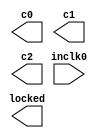
// megafunction wizard: %ALTPLL%VBB%
// GENERATION: STANDARD
// VERSION: WM1.0
// MODULE: altpll 

// ============================================================
// Megafunction Name(s):
// 			altpll
//
// Simulation Library Files(s):
// 			altera_mf
// ============================================================
// ************************************************************
// THIS IS A WIZARD-GENERATED FILE. DO NOT EDIT THIS FILE!
//
// 18.0.0 Build 614 04/24/2018 SJ Lite Edition
// ************************************************************

//Copyright (C) 2018  Intel Corporation. All rights reserved.
//Your use of Intel Corporation's design tools, logic functions 
//and other software and tools, and its AMPP partner logic 
//functions, and any output files from any of the foregoing 
//(including device programming or simulation files), and any 
//associated documentation or information are expressly subject 
//to the terms and conditions of the Intel Program License 
//Subscription Agreement, the Intel Quartus Prime License Agreement,
//the Intel FPGA IP License Agreement, or other applicable license
//agreement, including, without limitation, that your use is for
//the sole purpose of programming logic devices manufactured by
//Intel and sold by Intel or its authorized distributors.  Please
//refer to the applicable agreement for further details.

module PLL_IF (
	inclk0,
	c0,
	c1,
	c2,
	locked);

	input	  inclk0;
	output	  c0;
	output	  c1;
	output	  c2;
	output	  locked;

endmodule

// ============================================================
// CNX file retrieval info
// ============================================================
// Retrieval info: PRIVATE: ACTIVECLK_CHECK STRING "0"
// Retrieval info: PRIVATE: BANDWIDTH STRING "1.000"
// Retrieval info: PRIVATE: BANDWIDTH_FEATURE_ENABLED STRING "1"
// Retrieval info: PRIVATE: BANDWIDTH_FREQ_UNIT STRING "MHz"
// Retrieval info: PRIVATE: BANDWIDTH_PRESET STRING "Low"
// Retrieval info: PRIVATE: BANDWIDTH_USE_AUTO STRING "1"
// Retrieval info: PRIVATE: BANDWIDTH_USE_PRESET STRING "0"
// Retrieval info: PRIVATE: CLKBAD_SWITCHOVER_CHECK STRING "0"
// Retrieval info: PRIVATE: CLKLOSS_CHECK STRING "0"
// Retrieval info: PRIVATE: CLKSWITCH_CHECK STRING "0"
// Retrieval info: PRIVATE: CNX_NO_COMPENSATE_RADIO STRING "0"
// Retrieval info: PRIVATE: CREATE_CLKBAD_CHECK STRING "0"
// Retrieval info: PRIVATE: CREATE_INCLK1_CHECK STRING "0"
// Retrieval info: PRIVATE: CUR_DEDICATED_CLK STRING "c0"
// Retrieval info: PRIVATE: CUR_FBIN_CLK STRING "c0"
// Retrieval info: PRIVATE: DEVICE_SPEED_GRADE STRING "Any"
// Retrieval info: PRIVATE: DIV_FACTOR0 NUMERIC "1"
// Retrieval info: PRIVATE: DIV_FACTOR1 NUMERIC "4"
// Retrieval info: PRIVATE: DIV_FACTOR2 NUMERIC "1"
// Retrieval info: PRIVATE: DUTY_CYCLE0 STRING "50.00000000"
// Retrieval info: PRIVATE: DUTY_CYCLE1 STRING "50.00000000"
// Retrieval info: PRIVATE: DUTY_CYCLE2 STRING "50.00000000"
// Retrieval info: PRIVATE: EFF_OUTPUT_FREQ_VALUE0 STRING "24.576000"
// Retrieval info: PRIVATE: EFF_OUTPUT_FREQ_VALUE1 STRING "430.079987"
// Retrieval info: PRIVATE: EFF_OUTPUT_FREQ_VALUE2 STRING "122.879997"
// Retrieval info: PRIVATE: EXPLICIT_SWITCHOVER_COUNTER STRING "0"
// Retrieval info: PRIVATE: EXT_FEEDBACK_RADIO STRING "0"
// Retrieval info: PRIVATE: GLOCKED_COUNTER_EDIT_CHANGED STRING "1"
// Retrieval info: PRIVATE: GLOCKED_FEATURE_ENABLED STRING "0"
// Retrieval info: PRIVATE: GLOCKED_MODE_CHECK STRING "0"
// Retrieval info: PRIVATE: GLOCK_COUNTER_EDIT NUMERIC "1048575"
// Retrieval info: PRIVATE: HAS_MANUAL_SWITCHOVER STRING "1"
// Retrieval info: PRIVATE: INCLK0_FREQ_EDIT STRING "122.880"
// Retrieval info: PRIVATE: INCLK0_FREQ_UNIT_COMBO STRING "MHz"
// Retrieval info: PRIVATE: INCLK1_FREQ_EDIT STRING "100.000"
// Retrieval info: PRIVATE: INCLK1_FREQ_EDIT_CHANGED STRING "1"
// Retrieval info: PRIVATE: INCLK1_FREQ_UNIT_CHANGED STRING "1"
// Retrieval info: PRIVATE: INCLK1_FREQ_UNIT_COMBO STRING "MHz"
// Retrieval info: PRIVATE: INTENDED_DEVICE_FAMILY STRING "Cyclone IV E"
// Retrieval info: PRIVATE: INT_FEEDBACK__MODE_RADIO STRING "1"
// Retrieval info: PRIVATE: LOCKED_OUTPUT_CHECK STRING "1"
// Retrieval info: PRIVATE: LONG_SCAN_RADIO STRING "1"
// Retrieval info: PRIVATE: LVDS_MODE_DATA_RATE STRING "Not Available"
// Retrieval info: PRIVATE: LVDS_MODE_DATA_RATE_DIRTY NUMERIC "0"
// Retrieval info: PRIVATE: LVDS_PHASE_SHIFT_UNIT0 STRING "deg"
// Retrieval info: PRIVATE: LVDS_PHASE_SHIFT_UNIT1 STRING "deg"
// Retrieval info: PRIVATE: LVDS_PHASE_SHIFT_UNIT2 STRING "deg"
// Retrieval info: PRIVATE: MIG_DEVICE_SPEED_GRADE STRING "Any"
// Retrieval info: PRIVATE: MIRROR_CLK0 STRING "0"
// Retrieval info: PRIVATE: MIRROR_CLK1 STRING "0"
// Retrieval info: PRIVATE: MIRROR_CLK2 STRING "0"
// Retrieval info: PRIVATE: MULT_FACTOR0 NUMERIC "1"
// Retrieval info: PRIVATE: MULT_FACTOR1 NUMERIC "14"
// Retrieval info: PRIVATE: MULT_FACTOR2 NUMERIC "1"
// Retrieval info: PRIVATE: NORMAL_MODE_RADIO STRING "1"
// Retrieval info: PRIVATE: OUTPUT_FREQ0 STRING "24.57600000"
// Retrieval info: PRIVATE: OUTPUT_FREQ1 STRING "375.00000000"
// Retrieval info: PRIVATE: OUTPUT_FREQ2 STRING "122.88000000"
// Retrieval info: PRIVATE: OUTPUT_FREQ_MODE0 STRING "1"
// Retrieval info: PRIVATE: OUTPUT_FREQ_MODE1 STRING "0"
// Retrieval info: PRIVATE: OUTPUT_FREQ_MODE2 STRING "1"
// Retrieval info: PRIVATE: OUTPUT_FREQ_UNIT0 STRING "MHz"
// Retrieval info: PRIVATE: OUTPUT_FREQ_UNIT1 STRING "MHz"
// Retrieval info: PRIVATE: OUTPUT_FREQ_UNIT2 STRING "MHz"
// Retrieval info: PRIVATE: PHASE_RECONFIG_FEATURE_ENABLED STRING "1"
// Retrieval info: PRIVATE: PHASE_RECONFIG_INPUTS_CHECK STRING "0"
// Retrieval info: PRIVATE: PHASE_SHIFT0 STRING "0.00000000"
// Retrieval info: PRIVATE: PHASE_SHIFT1 STRING "180.00000000"
// Retrieval info: PRIVATE: PHASE_SHIFT2 STRING "90.00000000"
// Retrieval info: PRIVATE: PHASE_SHIFT_STEP_ENABLED_CHECK STRING "0"
// Retrieval info: PRIVATE: PHASE_SHIFT_UNIT0 STRING "deg"
// Retrieval info: PRIVATE: PHASE_SHIFT_UNIT1 STRING "deg"
// Retrieval info: PRIVATE: PHASE_SHIFT_UNIT2 STRING "deg"
// Retrieval info: PRIVATE: PLL_ADVANCED_PARAM_CHECK STRING "0"
// Retrieval info: PRIVATE: PLL_ARESET_CHECK STRING "0"
// Retrieval info: PRIVATE: PLL_AUTOPLL_CHECK NUMERIC "1"
// Retrieval info: PRIVATE: PLL_ENHPLL_CHECK NUMERIC "0"
// Retrieval info: PRIVATE: PLL_FASTPLL_CHECK NUMERIC "0"
// Retrieval info: PRIVATE: PLL_FBMIMIC_CHECK STRING "0"
// Retrieval info: PRIVATE: PLL_LVDS_PLL_CHECK NUMERIC "0"
// Retrieval info: PRIVATE: PLL_PFDENA_CHECK STRING "0"
// Retrieval info: PRIVATE: PLL_TARGET_HARCOPY_CHECK NUMERIC "0"
// Retrieval info: PRIVATE: PRIMARY_CLK_COMBO STRING "inclk0"
// Retrieval info: PRIVATE: RECONFIG_FILE STRING "PLL_IF.mif"
// Retrieval info: PRIVATE: SACN_INPUTS_CHECK STRING "0"
// Retrieval info: PRIVATE: SCAN_FEATURE_ENABLED STRING "1"
// Retrieval info: PRIVATE: SELF_RESET_LOCK_LOSS STRING "0"
// Retrieval info: PRIVATE: SHORT_SCAN_RADIO STRING "0"
// Retrieval info: PRIVATE: SPREAD_FEATURE_ENABLED STRING "0"
// Retrieval info: PRIVATE: SPREAD_FREQ STRING "50.000"
// Retrieval info: PRIVATE: SPREAD_FREQ_UNIT STRING "KHz"
// Retrieval info: PRIVATE: SPREAD_PERCENT STRING "0.500"
// Retrieval info: PRIVATE: SPREAD_USE STRING "0"
// Retrieval info: PRIVATE: SRC_SYNCH_COMP_RADIO STRING "0"
// Retrieval info: PRIVATE: STICKY_CLK0 STRING "1"
// Retrieval info: PRIVATE: STICKY_CLK1 STRING "1"
// Retrieval info: PRIVATE: STICKY_CLK2 STRING "1"
// Retrieval info: PRIVATE: SWITCHOVER_COUNT_EDIT NUMERIC "1"
// Retrieval info: PRIVATE: SWITCHOVER_FEATURE_ENABLED STRING "1"
// Retrieval info: PRIVATE: SYNTH_WRAPPER_GEN_POSTFIX STRING "0"
// Retrieval info: PRIVATE: USE_CLK0 STRING "1"
// Retrieval info: PRIVATE: USE_CLK1 STRING "1"
// Retrieval info: PRIVATE: USE_CLK2 STRING "1"
// Retrieval info: PRIVATE: USE_CLKENA0 STRING "0"
// Retrieval info: PRIVATE: USE_CLKENA1 STRING "0"
// Retrieval info: PRIVATE: USE_CLKENA2 STRING "0"
// Retrieval info: PRIVATE: USE_MIL_SPEED_GRADE NUMERIC "0"
// Retrieval info: PRIVATE: ZERO_DELAY_RADIO STRING "0"
// Retrieval info: LIBRARY: altera_mf altera_mf.altera_mf_components.all
// Retrieval info: CONSTANT: BANDWIDTH_TYPE STRING "AUTO"
// Retrieval info: CONSTANT: CLK0_DIVIDE_BY NUMERIC "5"
// Retrieval info: CONSTANT: CLK0_DUTY_CYCLE NUMERIC "50"
// Retrieval info: CONSTANT: CLK0_MULTIPLY_BY NUMERIC "1"
// Retrieval info: CONSTANT: CLK0_PHASE_SHIFT STRING "0"
// Retrieval info: CONSTANT: CLK1_DIVIDE_BY NUMERIC "2"
// Retrieval info: CONSTANT: CLK1_DUTY_CYCLE NUMERIC "50"
// Retrieval info: CONSTANT: CLK1_MULTIPLY_BY NUMERIC "7"
// Retrieval info: CONSTANT: CLK1_PHASE_SHIFT STRING "1163"
// Retrieval info: CONSTANT: CLK2_DIVIDE_BY NUMERIC "1"
// Retrieval info: CONSTANT: CLK2_DUTY_CYCLE NUMERIC "50"
// Retrieval info: CONSTANT: CLK2_MULTIPLY_BY NUMERIC "1"
// Retrieval info: CONSTANT: CLK2_PHASE_SHIFT STRING "2035"
// Retrieval info: CONSTANT: COMPENSATE_CLOCK STRING "CLK0"
// Retrieval info: CONSTANT: INCLK0_INPUT_FREQUENCY NUMERIC "8138"
// Retrieval info: CONSTANT: INTENDED_DEVICE_FAMILY STRING "Cyclone IV E"
// Retrieval info: CONSTANT: LPM_TYPE STRING "altpll"
// Retrieval info: CONSTANT: OPERATION_MODE STRING "NORMAL"
// Retrieval info: CONSTANT: PLL_TYPE STRING "AUTO"
// Retrieval info: CONSTANT: PORT_ACTIVECLOCK STRING "PORT_UNUSED"
// Retrieval info: CONSTANT: PORT_ARESET STRING "PORT_UNUSED"
// Retrieval info: CONSTANT: PORT_CLKBAD0 STRING "PORT_UNUSED"
// Retrieval info: CONSTANT: PORT_CLKBAD1 STRING "PORT_UNUSED"
// Retrieval info: CONSTANT: PORT_CLKLOSS STRING "PORT_UNUSED"
// Retrieval info: CONSTANT: PORT_CLKSWITCH STRING "PORT_UNUSED"
// Retrieval info: CONSTANT: PORT_CONFIGUPDATE STRING "PORT_UNUSED"
// Retrieval info: CONSTANT: PORT_FBIN STRING "PORT_UNUSED"
// Retrieval info: CONSTANT: PORT_INCLK0 STRING "PORT_USED"
// Retrieval info: CONSTANT: PORT_INCLK1 STRING "PORT_UNUSED"
// Retrieval info: CONSTANT: PORT_LOCKED STRING "PORT_USED"
// Retrieval info: CONSTANT: PORT_PFDENA STRING "PORT_UNUSED"
// Retrieval info: CONSTANT: PORT_PHASECOUNTERSELECT STRING "PORT_UNUSED"
// Retrieval info: CONSTANT: PORT_PHASEDONE STRING "PORT_UNUSED"
// Retrieval info: CONSTANT: PORT_PHASESTEP STRING "PORT_UNUSED"
// Retrieval info: CONSTANT: PORT_PHASEUPDOWN STRING "PORT_UNUSED"
// Retrieval info: CONSTANT: PORT_PLLENA STRING "PORT_UNUSED"
// Retrieval info: CONSTANT: PORT_SCANACLR STRING "PORT_UNUSED"
// Retrieval info: CONSTANT: PORT_SCANCLK STRING "PORT_UNUSED"
// Retrieval info: CONSTANT: PORT_SCANCLKENA STRING "PORT_UNUSED"
// Retrieval info: CONSTANT: PORT_SCANDATA STRING "PORT_UNUSED"
// Retrieval info: CONSTANT: PORT_SCANDATAOUT STRING "PORT_UNUSED"
// Retrieval info: CONSTANT: PORT_SCANDONE STRING "PORT_UNUSED"
// Retrieval info: CONSTANT: PORT_SCANREAD STRING "PORT_UNUSED"
// Retrieval info: CONSTANT: PORT_SCANWRITE STRING "PORT_UNUSED"
// Retrieval info: CONSTANT: PORT_clk0 STRING "PORT_USED"
// Retrieval info: CONSTANT: PORT_clk1 STRING "PORT_USED"
// Retrieval info: CONSTANT: PORT_clk2 STRING "PORT_USED"
// Retrieval info: CONSTANT: PORT_clk3 STRING "PORT_UNUSED"
// Retrieval info: CONSTANT: PORT_clk4 STRING "PORT_UNUSED"
// Retrieval info: CONSTANT: PORT_clk5 STRING "PORT_UNUSED"
// Retrieval info: CONSTANT: PORT_clkena0 STRING "PORT_UNUSED"
// Retrieval info: CONSTANT: PORT_clkena1 STRING "PORT_UNUSED"
// Retrieval info: CONSTANT: PORT_clkena2 STRING "PORT_UNUSED"
// Retrieval info: CONSTANT: PORT_clkena3 STRING "PORT_UNUSED"
// Retrieval info: CONSTANT: PORT_clkena4 STRING "PORT_UNUSED"
// Retrieval info: CONSTANT: PORT_clkena5 STRING "PORT_UNUSED"
// Retrieval info: CONSTANT: PORT_extclk0 STRING "PORT_UNUSED"
// Retrieval info: CONSTANT: PORT_extclk1 STRING "PORT_UNUSED"
// Retrieval info: CONSTANT: PORT_extclk2 STRING "PORT_UNUSED"
// Retrieval info: CONSTANT: PORT_extclk3 STRING "PORT_UNUSED"
// Retrieval info: CONSTANT: SELF_RESET_ON_LOSS_LOCK STRING "OFF"
// Retrieval info: CONSTANT: WIDTH_CLOCK NUMERIC "5"
// Retrieval info: USED_PORT: @clk 0 0 5 0 OUTPUT_CLK_EXT VCC "@clk[4..0]"
// Retrieval info: USED_PORT: c0 0 0 0 0 OUTPUT_CLK_EXT VCC "c0"
// Retrieval info: USED_PORT: c1 0 0 0 0 OUTPUT_CLK_EXT VCC "c1"
// Retrieval info: USED_PORT: c2 0 0 0 0 OUTPUT_CLK_EXT VCC "c2"
// Retrieval info: USED_PORT: inclk0 0 0 0 0 INPUT_CLK_EXT GND "inclk0"
// Retrieval info: USED_PORT: locked 0 0 0 0 OUTPUT GND "locked"
// Retrieval info: CONNECT: @inclk 0 0 1 1 GND 0 0 0 0
// Retrieval info: CONNECT: @inclk 0 0 1 0 inclk0 0 0 0 0
// Retrieval info: CONNECT: c0 0 0 0 0 @clk 0 0 1 0
// Retrieval info: CONNECT: c1 0 0 0 0 @clk 0 0 1 1
// Retrieval info: CONNECT: c2 0 0 0 0 @clk 0 0 1 2
// Retrieval info: CONNECT: locked 0 0 0 0 @locked 0 0 0 0
// Retrieval info: GEN_FILE: TYPE_NORMAL PLL_IF.v TRUE
// Retrieval info: GEN_FILE: TYPE_NORMAL PLL_IF.ppf TRUE
// Retrieval info: GEN_FILE: TYPE_NORMAL PLL_IF.inc FALSE
// Retrieval info: GEN_FILE: TYPE_NORMAL PLL_IF.cmp FALSE
// Retrieval info: GEN_FILE: TYPE_NORMAL PLL_IF.bsf FALSE
// Retrieval info: GEN_FILE: TYPE_NORMAL PLL_IF_inst.v FALSE
// Retrieval info: GEN_FILE: TYPE_NORMAL PLL_IF_bb.v TRUE
// Retrieval info: LIB_FILE: altera_mf
// Retrieval info: CBX_MODULE_PREFIX: ON